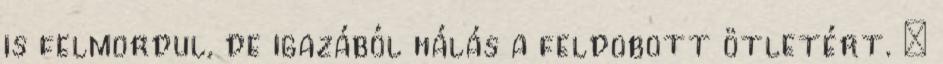
is felmordul, de igazából hálás a feldobott ötletért. –